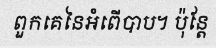
ពួកគេនៃអំពើបាប។ ប៉ុន្តែ